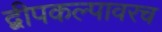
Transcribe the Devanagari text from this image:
द्वीपकल्पावरच